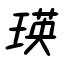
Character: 瑛